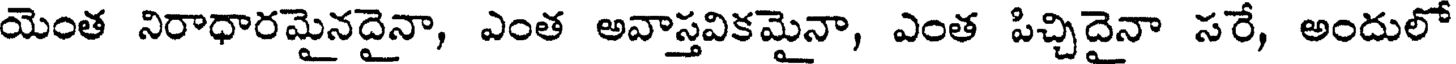
యెంత నిరాధారమైనదైనా, ఎంత అవాస్తవికమైనా, ఎంత పిచ్చిదైనా సరే, అందులో